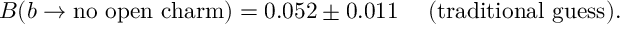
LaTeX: B ( b \to \mathrm { n o ~ o p e n ~ c h a r m } ) = 0 . 0 5 2 \pm 0 . 0 1 1 \; \quad \mathrm { ( t r a d i t i o n a l ~ g u e s s ) } .